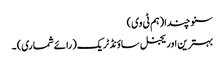
سنو چندا (ہم ٹی وی)
بہترین اوریجنل ساؤنڈ ٹریک (رائے شماری) ۔